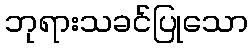
ဘုရားသခင်ပြုသော